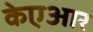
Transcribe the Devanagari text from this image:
केएआर